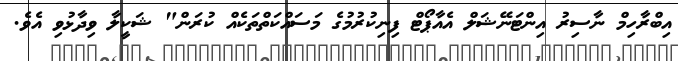
އިބްރާހިމް ނާސިރު އިންޓަނޭޝަލް އެއާޕޯޓް ފިނިކުރުމުގެ މަސައްކަތްތަކެއް ކުރަން" ޝަކީލާ ވިދާޅުވި އެވެ.